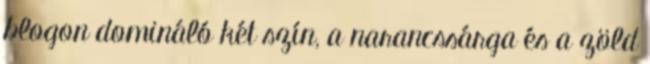
blogon domináló két szín, a narancssárga és a zöld